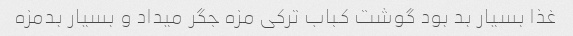
غذا بسیار بد بود گوشت کباب ترکی مزه جگر میداد و بسیار بدمزه